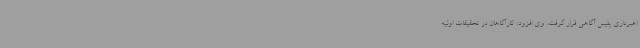
اهبرداری پلیس آگاهی قرار گرفت. وی افزود: کارآگاهان در تحقیقات اولیه